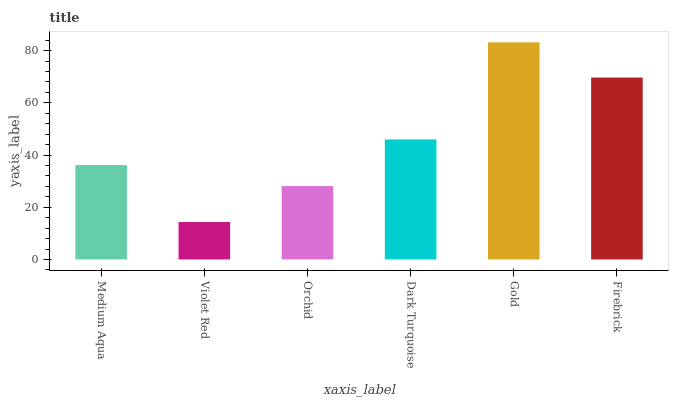
| xaxis_label | bars |
 | --- | --- |
 | Medium Aqua | 36.2 |
 | Violet Red | 14.3 |
 | Orchid | 28.1 |
 | Dark Turquoise | 46 |
 | Gold | 83.2 |
 | Firebrick | 69.7 |